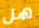
هل